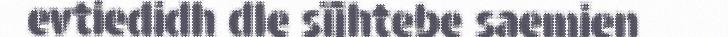
evtiedidh dle sïjhtebe saemien